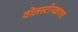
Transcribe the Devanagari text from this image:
वोलस्टोनक्राफ्ट